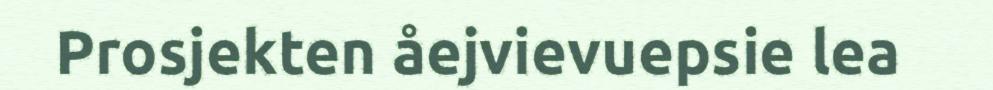
Prosjekten åejvievuepsie lea